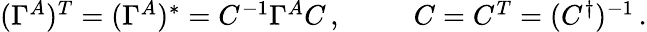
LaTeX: \begin{array}{ll}{{(\Gamma^{A}){}^{T}=(\Gamma^{A}){}^{\ast}={C}^{-1}\Gamma^{A}{C}\, ,~~~}}&{{~~~C=C^{T}=(C^{\dagger})^{-1}\, .}}\end{array}